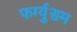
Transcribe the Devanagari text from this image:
फर्ग्युसम